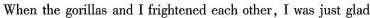
When the gorillas and I frightened each other, I was just glad